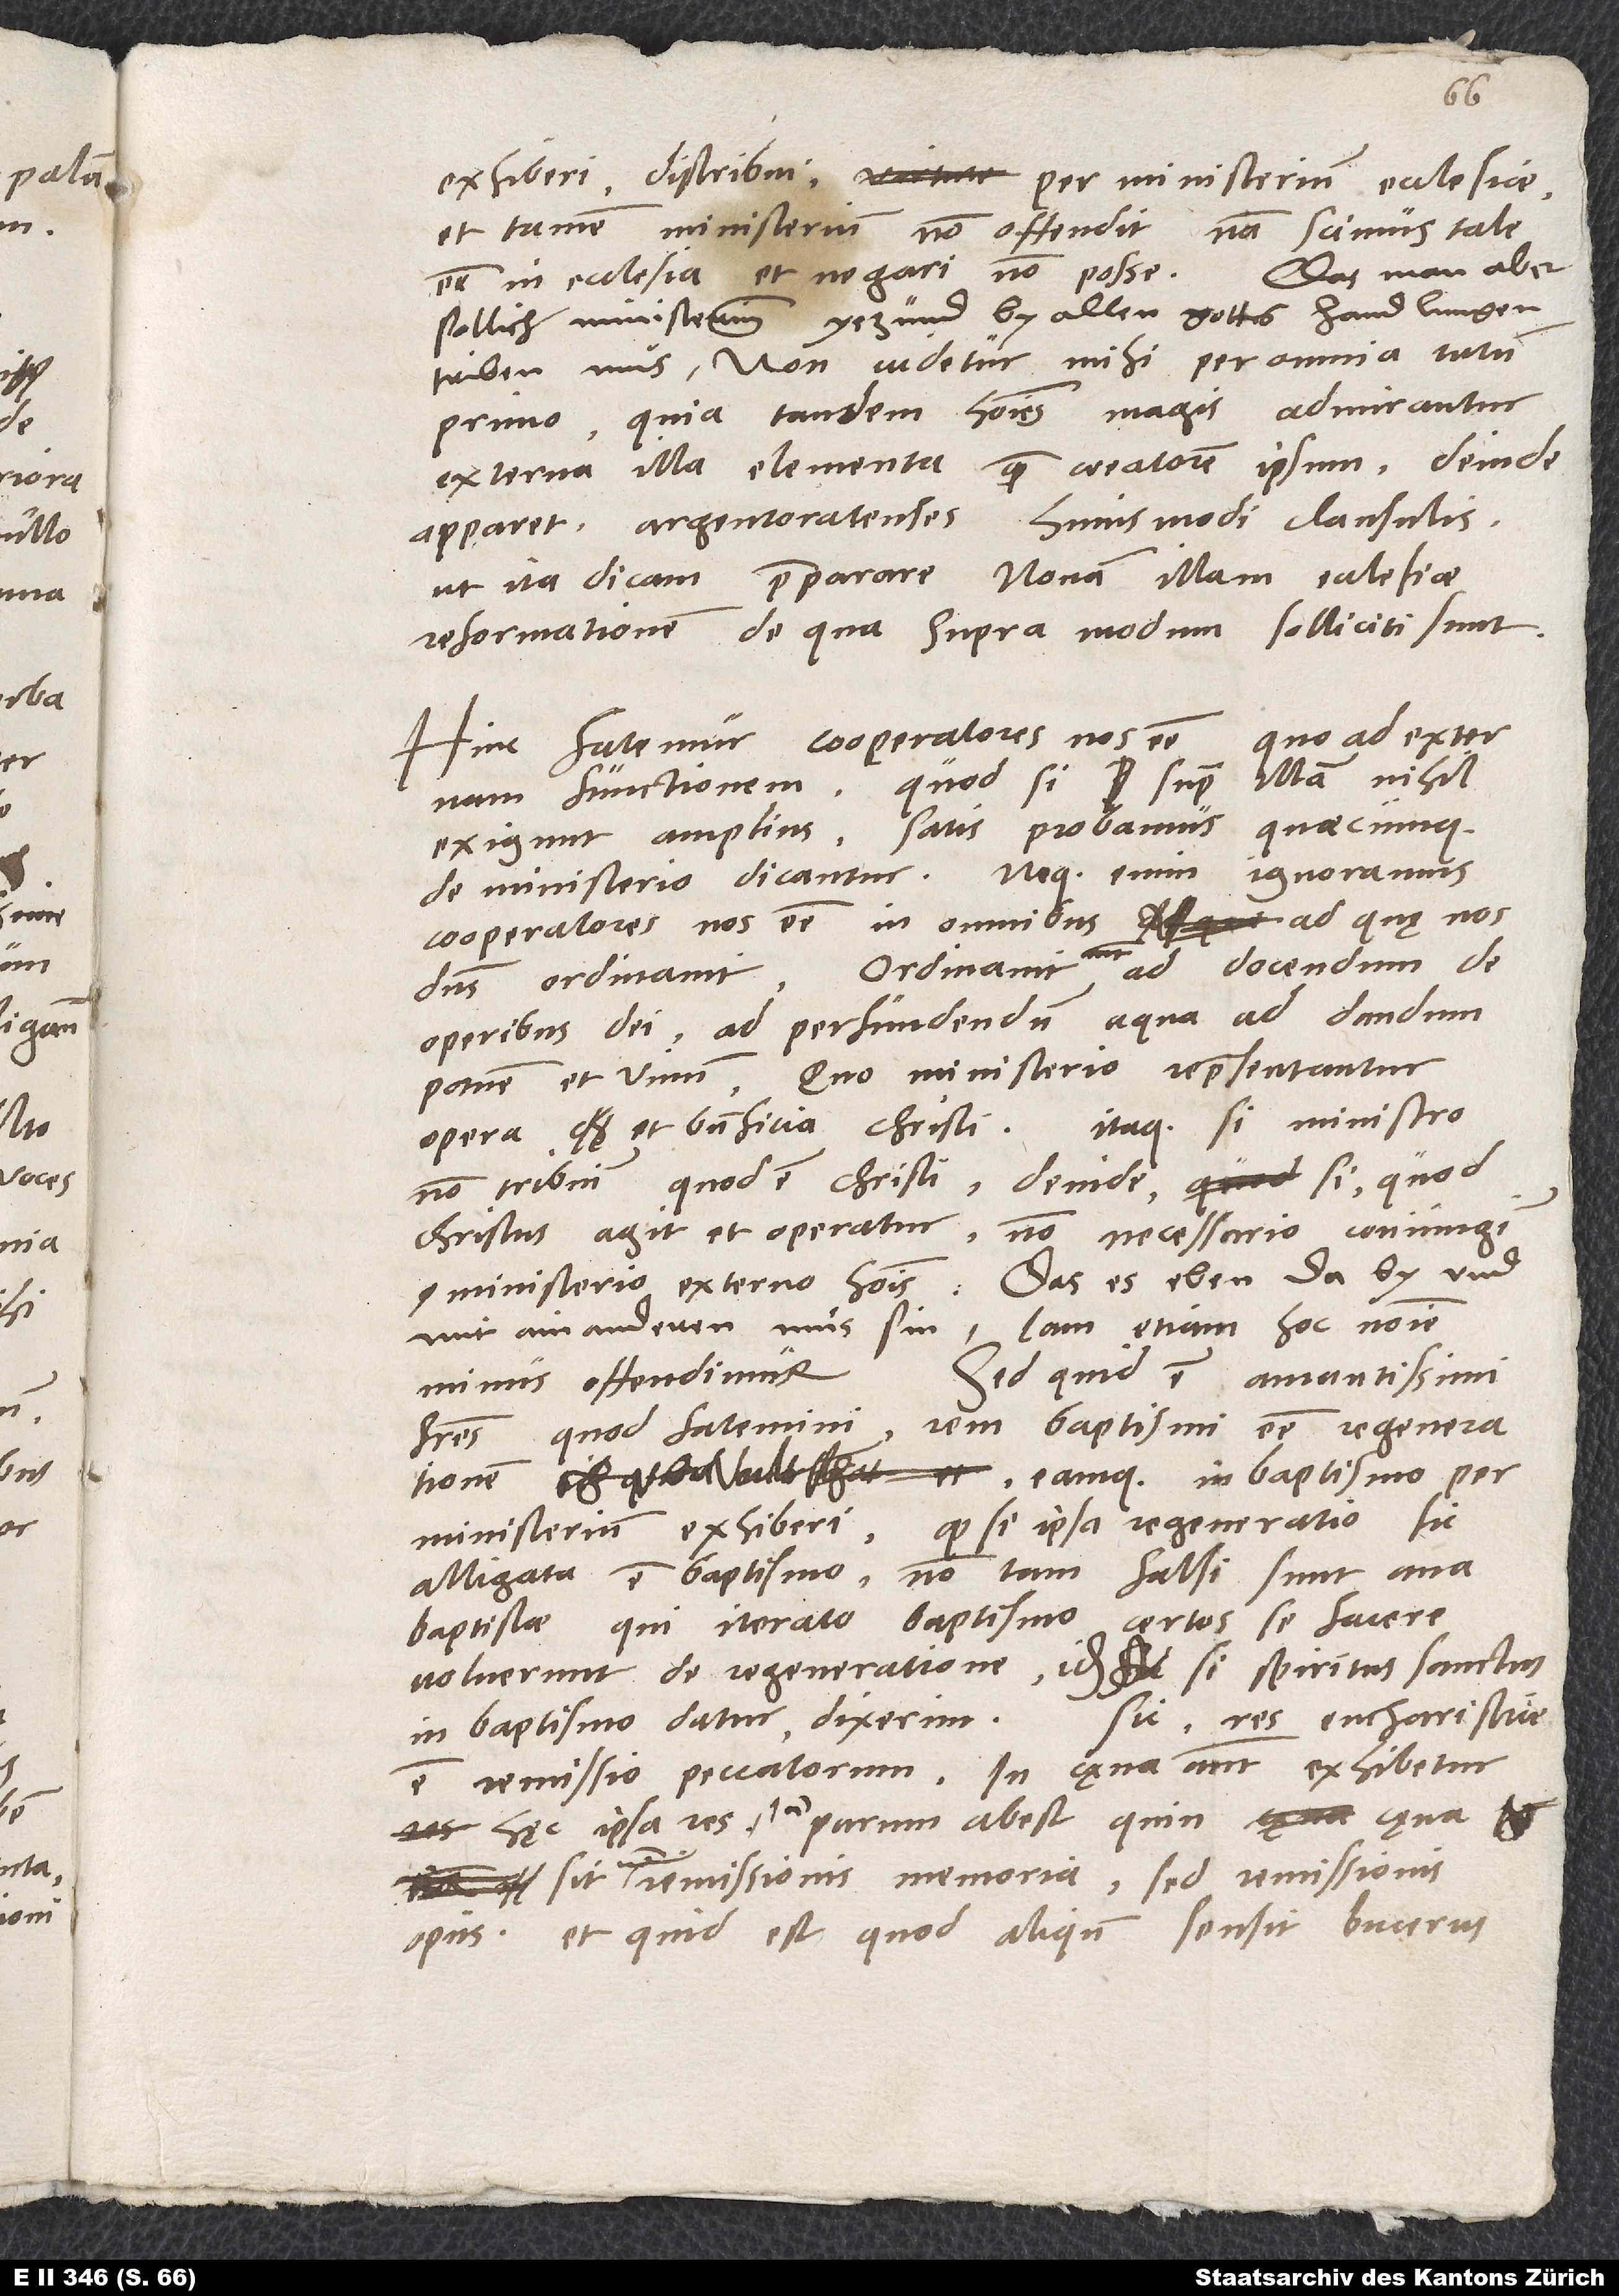
exhiberi, distribui per ministerium ecclesiae.
Et tamen ministerium non offendit; nam scimus tale
Das man aber
esse in ecclesia et negari non posse.
söllich ministerium yezund by allen gottes handlungen
triben muͦs, non videtur mihi per omnia tutum,
primo, quia tandem homines magis admirantur
externa illa elementa quam creatorem ipsum; deinde
apparet Argentoratenses huismodi clausulis,
ut ita dicam, praeparare novam illam ecclesiae
reformationem, de qua supra modum solliciti sunt.
quoad externam
Hinc fatemur cooperatores nos esse
illam nihil
functionem. Quodsi super
exigunt amplius, satis probamus, quaecumque
de ministerio dicantur. Neque enim ignoramus
cooperatores nos esse in omnibus, ad quę nos
dominus ordinavit. Ordinavit autem ad docendum de
operibus dei, ad perfundendum aqua, ad dandum
Quo ministerio repraesentantur
panem et vinum.
opera et beneficia Christi. Itaque si ministro
non tribuitur, quod est Christi, deinde si, quod
Christus agit et operatur, non necessario coniungitur
ministerio externo hominis, das es eben da by und
mit ain anderen muͦs sin, iam etiam hoc nomine
minus offendimur. Sed quid est, amantissimi
fratres, quod fatemini rem baptismi esse regenerationem
eamque in baptismo per
ministerium exhiberi? Quodsi ipsa regeneratio sic
alligata est baptismo, non tam falsi sunt
anabaptistae, qui iterato baptismo certos se facere
voluerunt de regeneratione. Idem, si spiritus sanctus
in baptismo datur, dixerim. Sic, res eucharistiae
remissio peccatorum, in cęna autem exhibetur
hęc ipsa res; iam parum abest, quin cęna
sit non remissionis memoria, sed remissionis
opus. Et quid est, quod aliquando sensit Bucerus